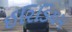
ઈરિડિયમ